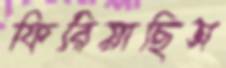
ফিরিয়াছিস